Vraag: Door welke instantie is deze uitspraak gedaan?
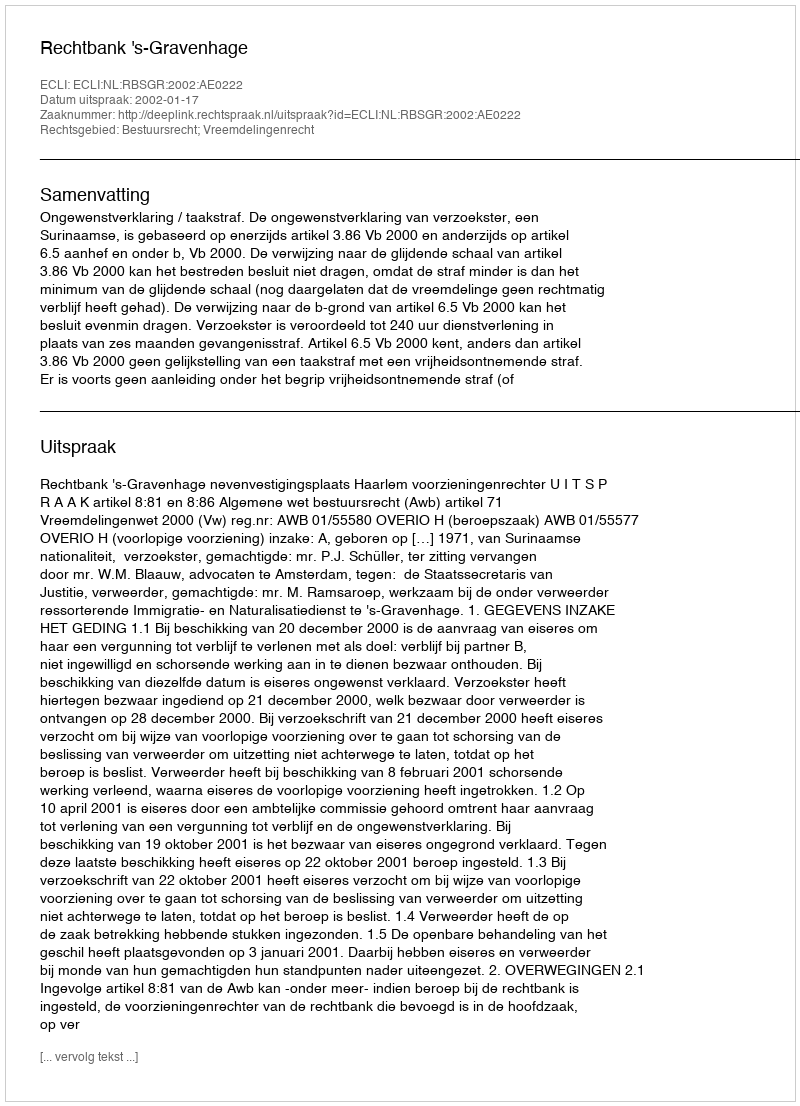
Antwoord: Rechtbank 's-Gravenhage